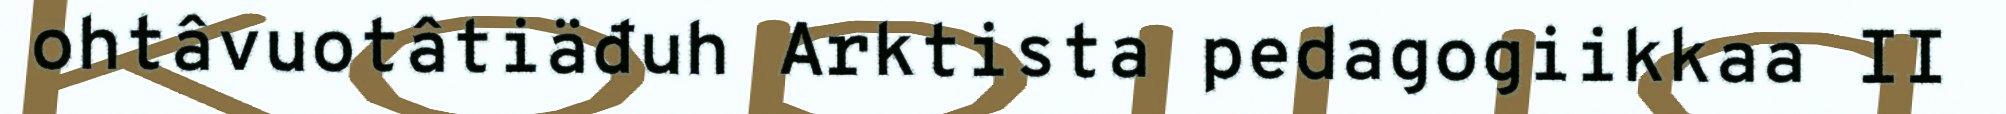
ohtâvuotâtiäđuh Arktista pedagogiikkaa II